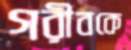
গরীবকে